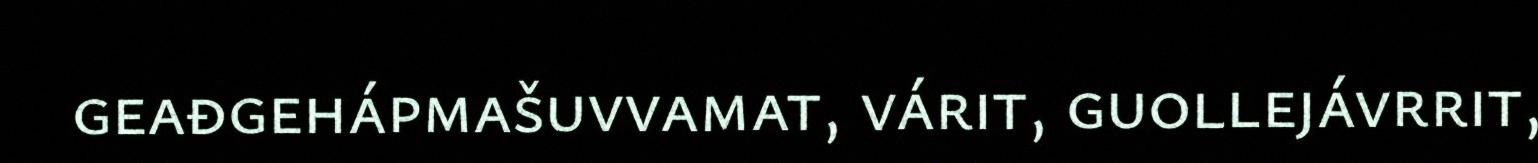
geađgehápmašuvvamat, várit, guollejávrrit,